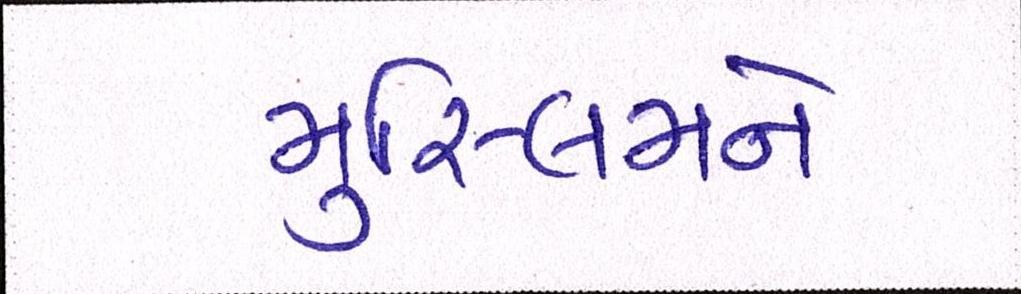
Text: મુસ્લિમને